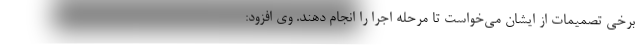
برخی تصمیمات از ایشان می‌خواست تا مرحله اجرا را انجام دهند. وی افزود: